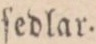
ſedlar.